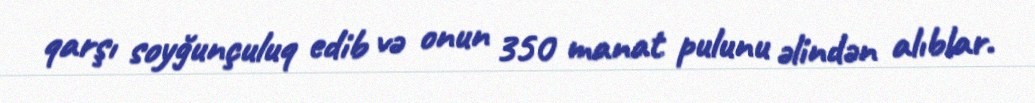
qarşı soyğunçuluq edib və onun 350 manat pulunu əlindən alıblar.